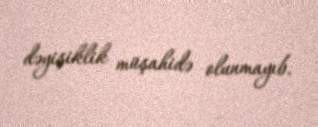
dəyişiklik müşahidə olunmayıb.